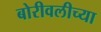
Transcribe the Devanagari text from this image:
बोरीवलीच्या